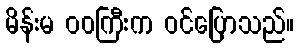
မိန်းမ ဝဝကြီးက ဝင်ပြောသည်။